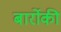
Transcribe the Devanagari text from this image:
बार्रोकी